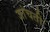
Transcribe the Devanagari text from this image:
जांचती